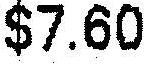
$7.60